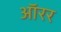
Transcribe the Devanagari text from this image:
ऑरर